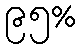
၉၅%